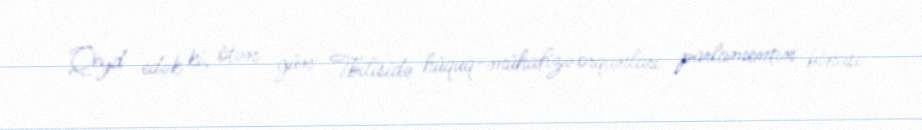
Qeyd edək ki, ötən gün Tbilisidə hüquq-mühafizə orqanları parlamentin binası